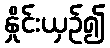
နှိုင်းယှဉ်၍